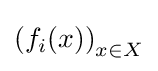
\left(f_{i}(x)\right)_{x\in X}